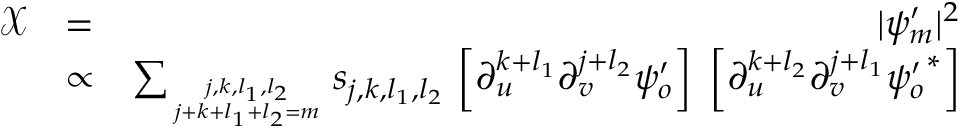
\begin{array} { r l r } { \mathcal { X } } & { = } & { | \psi _ { m } ^ { \prime } | ^ { 2 } } \\ & { \propto } & { \sum _ { { j , k , l _ { 1 } , l _ { 2 } } \atop { j + k + l _ { 1 } + l _ { 2 } = m } } s _ { j , k , l _ { 1 } , l _ { 2 } } \, \left[ \partial _ { u } ^ { k + l _ { 1 } } \partial _ { v } ^ { j + l _ { 2 } } \psi _ { o } ^ { \prime } \right] \; \left[ \partial _ { u } ^ { k + l _ { 2 } } \partial _ { v } ^ { j + l _ { 1 } } { \psi _ { o } ^ { \prime } } ^ { * } \right] } \end{array}